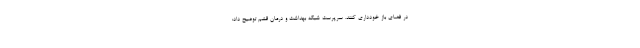
در فضای باز خودداری کنند. سرپرست شبکه بهداشت و درمان قشم توضیح داد: